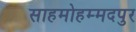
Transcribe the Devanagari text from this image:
साहमोहम्मदपुर